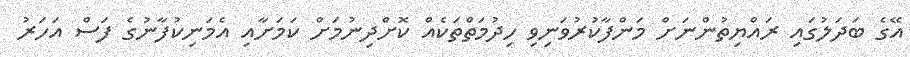
އޭގެ ބަދަލުގައި ރައްޔިތުންނަށް މަންފާކުރުވަނިވި ހިދުމަތްތަކެއް ކޮށްދިނުމަށް ކަމަށާއި އެމަނިކުފާނުގެ ފަސް އަހަރު